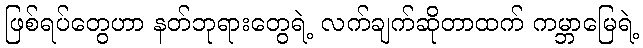
ဖြစ်ရပ်တွေဟာ နတ်ဘုရားတွေရဲ့ လက်ချက်ဆိုတာထက် ကမ္ဘာမြေရဲ့